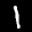
Label: 1